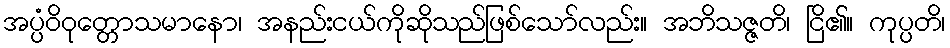
အပ္ပံဝိဝုတ္တောသမာနော၊ အနည်းငယ်ကိုဆိုသည်ဖြစ်သော်လည်း။ အဘိသဇ္ဇတိ၊ ငြိ၏။ ကုပ္ပတိ၊